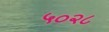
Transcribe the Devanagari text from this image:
५०२८